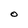
Character: O